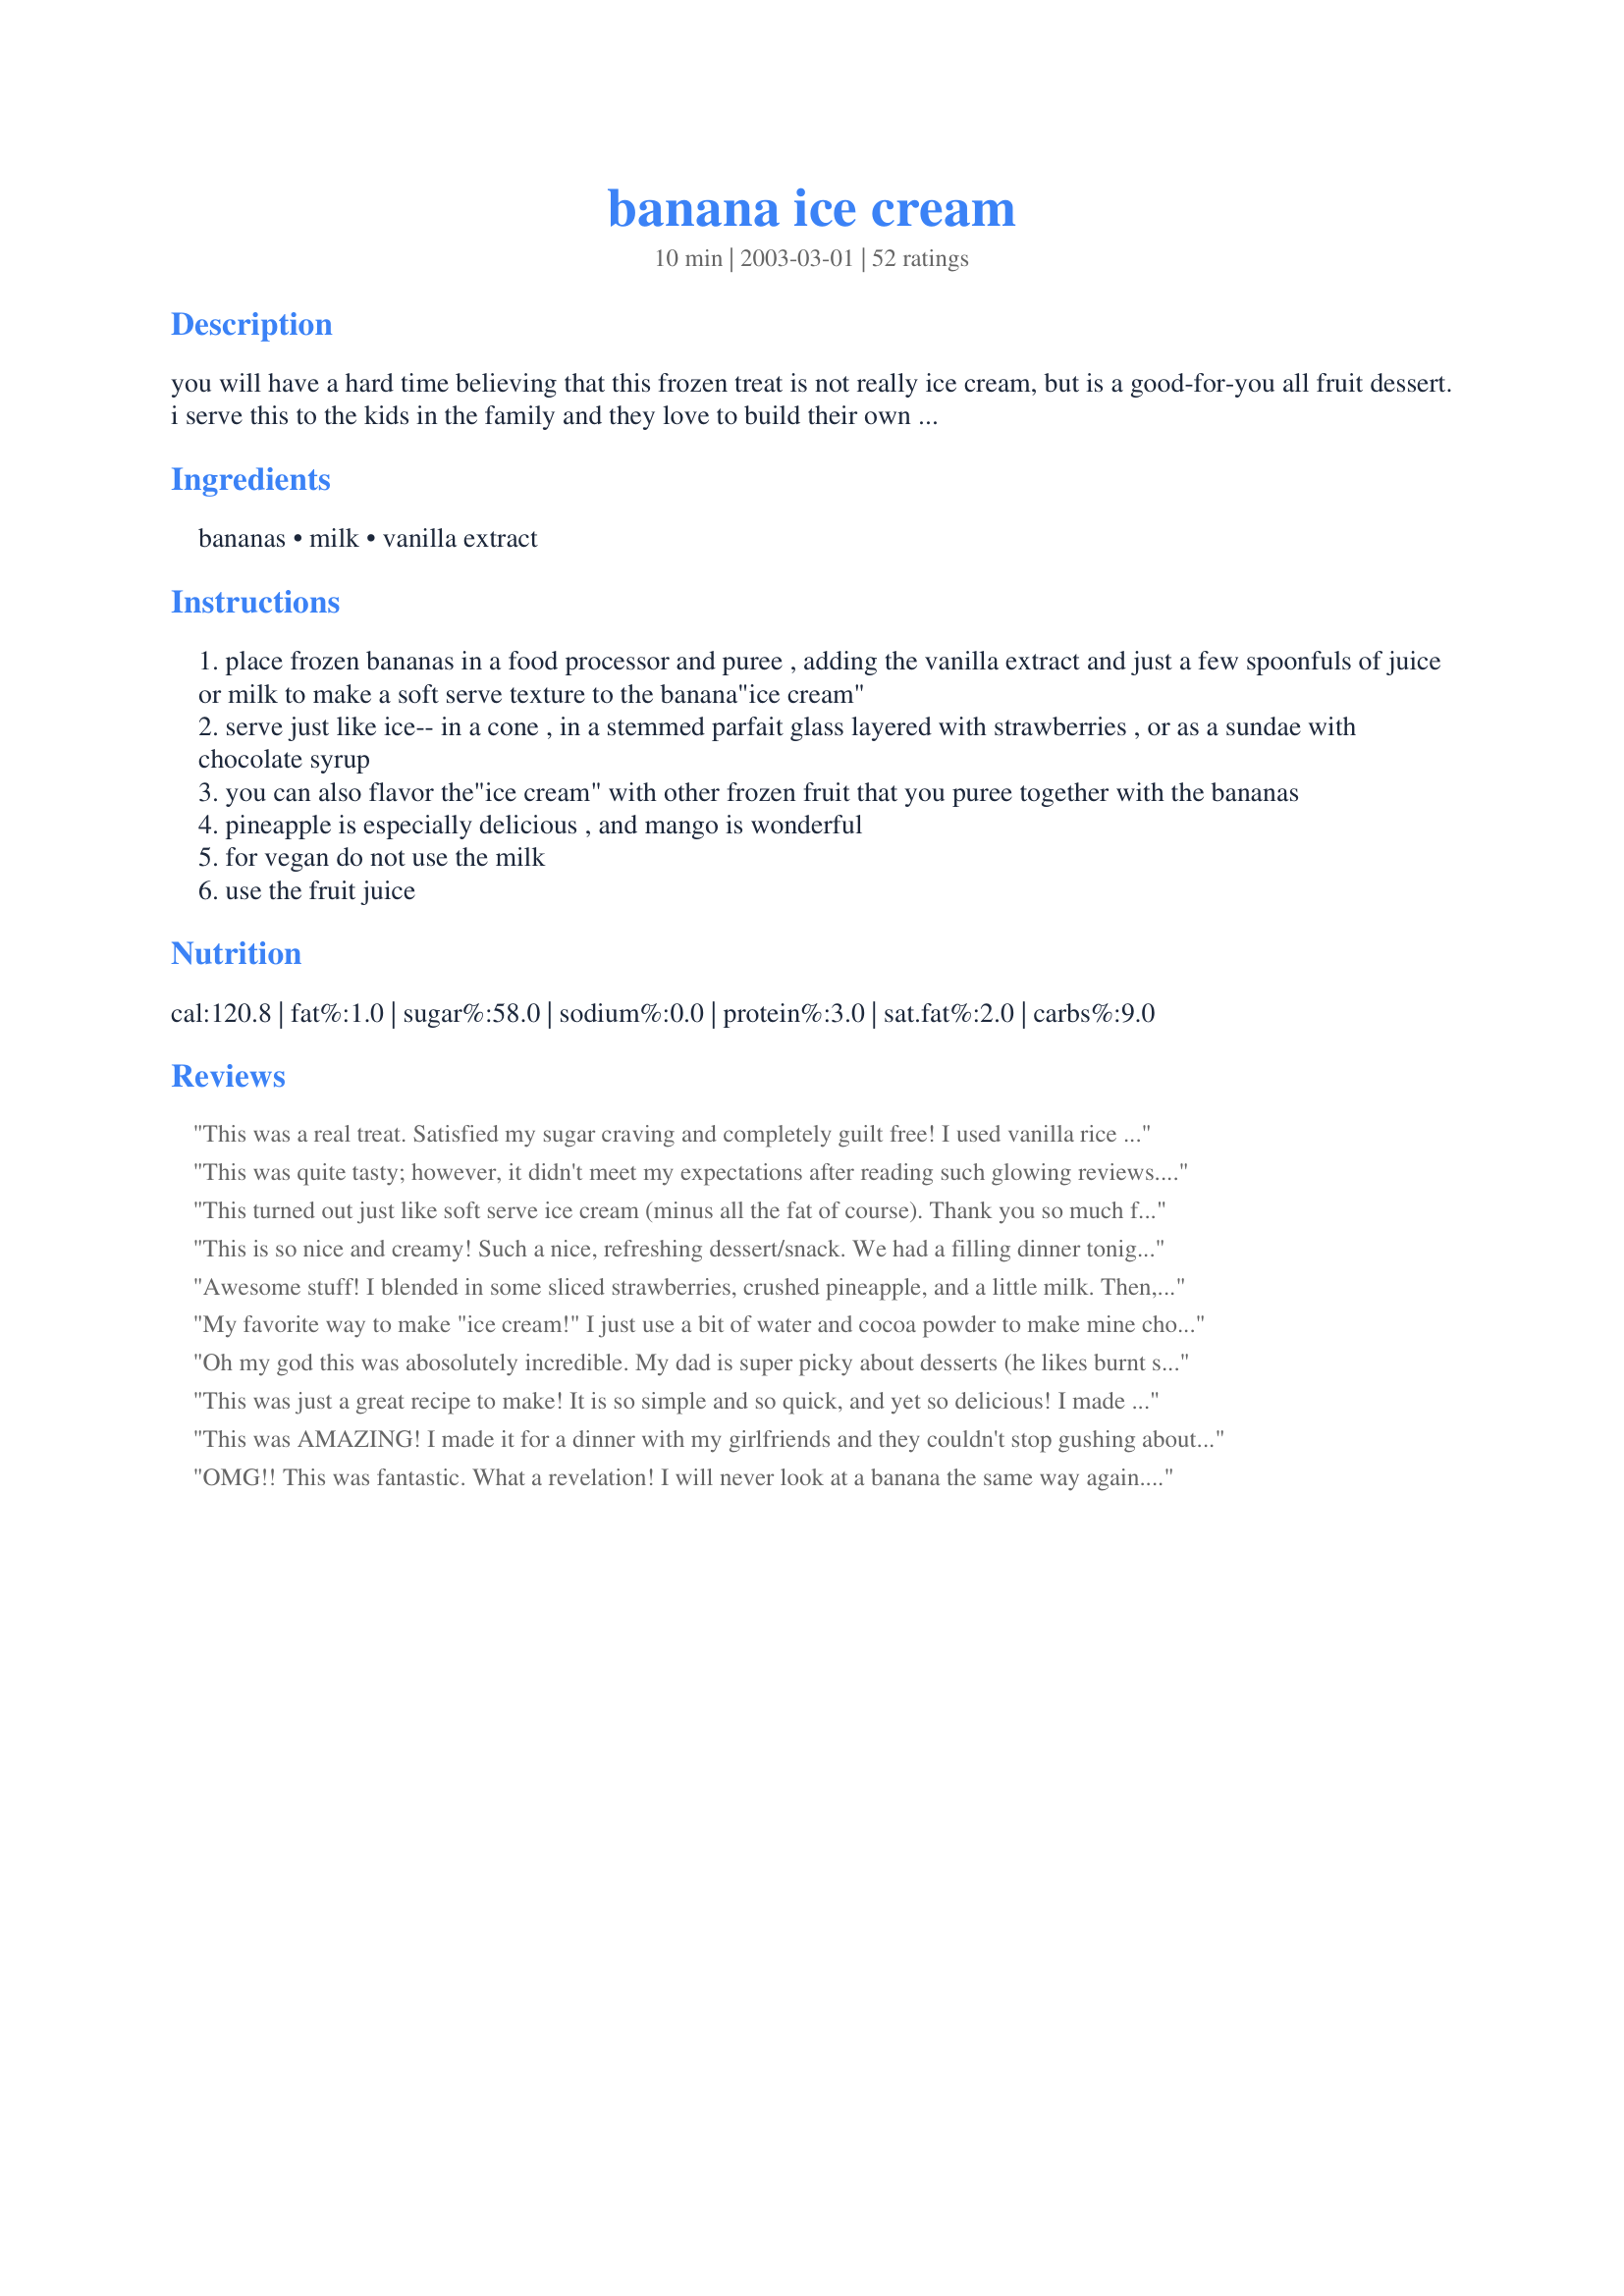
banana ice cream
Preparation time: 10 minutes

you will have a hard time believing that this frozen treat is not really ice cream, but is a good-for-you all fruit dessert. i serve this to the kids in the family and they love to build their own sundaes. it melt fast, so serve it right away or stick it in the freezer.

Ingredients:
bananas, milk, vanilla extract

Steps:
place frozen bananas in a food processor and puree , adding the vanilla extract and just a few spoonfuls of juice or milk to make a soft serve texture to the banana"ice cream"
serve just like ice-- in a cone , in a stemmed parfait glass layered with strawberries , or as a sundae with chocolate syrup
you can also flavor the"ice cream" with other frozen fruit that you puree together with the bananas
pineapple is especially delicious , and mango is wonderful
for vegan do not use the milk
use the fruit juice

Reviews:
This was a real treat. Satisfied my sugar craving and completely guilt free! I used vanilla rice milk to blend mine.
This was quite tasty; however, it didn't meet my expectations after reading such glowing reviews. Nevertheless, it was creamy and is a great, healthful alternative to real ice cream. It did satisfy my craving for a sweet treat. I used soy milk, a little Splenda, and a small amount of vanilla extract with really good results. Thanks for the idea!
This turned out just like soft serve ice cream (minus all the fat of course). Thank you so much for this wonderful idea. I love bananas and I love ice cream and this is a perfect way to have both!
This is so nice and creamy! Such a nice, refreshing dessert/snack. We had a filling dinner tonight.. baked cod fillets, garlic mashed potatoes and broccoli smothered in melted cheese... so this dessert was really nice to end a filling meal. I just want to stress that you need to make sure you dont add too much vanilla. I found that I had to add a little sugar to the recipe because it was a little bitter without it. This is a marvelous recipe! THANK YOU SO MUCH!..and thanks for helping me figure out the measurements :-) I look forward to trying many of your recipes!!
Awesome stuff! I blended in some sliced strawberries, crushed pineapple, and a little milk. Then, I topped it all off with some fat-free chocolate syrup and fat-free Cool Whip. Tasted just like a banana split...only fat free! Delicious!!
My favorite way to make "ice cream!" I just use a bit of water and cocoa powder to make mine chocolate. Haven't tried it with vanilla yet. Great way to satisfy one of those chocolate cravings!
Oh my god this was abosolutely incredible. My dad is super picky about desserts (he likes burnt sugar cookies better than any other cookie) and he loved this. I could not believe the texture- I usually use bananas in smoothies, but this was so thick and creamy, not at all runny. I added a squirt of low sugar honey because I was out of Splenda and it was marvelous. I used 6 medium sized bananas and about 1/4 or 1/3 cup of milk. It made 3 or 4 cups. Thank you so much for this amazing recipe!!!!
This was just a great recipe to make! It is so simple and so quick, and yet so delicious! I made this recipe but without adding any liquid to it and it tasted just wonderful! I have made this over and over again and just keep a few batches of this in the freezer. Thank you so much for a clever way to make ice cream!!
This was AMAZING! I made it for a dinner with my girlfriends and they couldn't stop gushing about how fabulous it was. The "ice cream" was very rich and creamy and tasted like a sinful dessert. I used 6-7 frozen bananas and probably about 2 cups of milk (I didn't measure the milk, just kept adding it until it reached the right consistency), and it came close to filling my 11-cup food processor. Will be making this often!
OMG!! This was fantastic. What a revelation! I will never look at a banana the same way again.
We put chocolate chips in before we puree. And sometimes a bit of ground coffee.
One tip - don't freeze whole bananas like I did. Peel and chop up, then freeze. I found that the more frozen the desert was, the more ice creamy it was, so eat it right away before it turns back to mushy bananas cinderella-styley.
Thanks for this wonderful recipe. We'll be making this to death!
This is perfect for me and my husband, we cannot have sugary desserts, but this let us have 'ice cream'. For adults, using a few spoonfuls of kalua, o frangelico liquor makes it extra good. Thanks for this recipe!
I've done this many times with frozen bananas...I make it more into a smoothie. I also usually add some sugar or honey because it really brings out the banana taste.
This was a good, healthy, eventing snack. Frozen banana has long been one of my favorite snacks, but now I have another great way to have it! I'm going to have to try adding some other berries next time.
This recipe is amazing! My family loves it! We used frozen bananas, a few frozen strawberries, some fat free half and half, vanilla and some splenda. YUM!
We can't wait to try other flavors also! Thanks for this "magic" recipe!
Love this, and so does the boyfriend (who is not into health food). You shouldn't think of it as ice cream though. "Frozen dessert" might be better. I love this with a little granola or a dollop of peanut butter. A few tips from my trial and error: cut the banana into relatively small chunks. I just quartered the bananas the first time, and it was a little difficult to get creamy. Food processors work a LOT better than blenders - don't know why. Loved it! Thanks!
Really good! Love that I can enjoy this creamy delicious treat and not feel bad about it. I used juice, but think I would prefer milk next time. I&#039;ve made something similar but using PB and honey and that works great too. Looking forward to experimenting with this recipe. Thanks so much for sharing!
We have been making this for years however we really would rather have chocolate milk or add chocolate syrup. I have told a lot of friends about this - we call it a chocolate shake.
This was great! I had a bunch of bananas in the freezer and the kids were clamoring for ice cream, so I treated us to banana splits! Made the 'ice cream', the spooned a bit of the low-sugar strawberry jam I put up last week on top, a small dollop of fat free cool whip and a drizzle of chocolate syrup. Didn't miss the regular ice cream at all! Thanks so much- this is sure to be a regular in our house this summer!
I cannot believe that I forgot to rate this recipe! I just cut up and put a couple of ripe bananas in the freezer to make it again. It is soooo good! Close enough to ice cream for me. I use my little electric chopper and off we go. It is a yummy alternative to the real thing, and not nearly as guilty a pleasure! Thanks for this one, who would've thunk it?
Wwwwwonnnnnnnnndderrrrrrrrrfulllllll! Such a treat Geema. Thanks a million! Made this as you said just added a little honey for taste. The the consistency was amazing! A five star recipe all the way. I have this picture in my head of banana 'ice-cream' coming out of my ears!!!! That's how often I am going to make this!!!
:) Fay
This is sooo good!
I used some blueberry jam insted of the vanilla extract, and it was perfect. Didn't need no sweetener :D
Thank you!
LOVE this! I make it in the VitaMix and it gets super creamy fast. I like it as-is, but it's also a great canvas for other flavors you might like to add in.
Amazing. This treat was needed! I am a gluten free vegetarian who also gave up ice cream and french fries. I was hitting a wall and this right here gave me a second wind.
This is just too weird! Who knew a frozen banana could have a soft-serve consistency! I added a splash of almond extract and some Splenda, and it's just wonderful. My kids gobbled it up. Thanks for a great recipe.
Oh my goodness I can't believe how good this simple recipe turned out!!!!!! This tasted like SOFT-SERVE ICE CREAM!! I used a little soy milk, a little orange juice, skipped the vanilla, and blended it in my hand chopper. I scraped out some seriously awesome stuff!! I think the soy milk contributed a lot to the creaminess.
I've gotta say, "This is really good!" I used about 3 frozen bananas, 2 T of milk and 1 t vanilla. It turned out great. You almost believe you're being bad when really you're being good. I usually have frozen bananas available but I might just have to buy them to freeze when they get really ripe, just so I can make this treat. Thanks for a recipe to satisfy that sweet craving without going overboard!
This is fabulous, healthy and oh-so-easy! The vanilla essence is a must as it lends the final product an icecream-like flavour, and tones down the banana. I used soy milk but I think regular milk would probably give an even better icecream imitation. I usually have a stash of bananas in the freezer (whole or halved) so I just slice them when I take them out of the freezer and throw them straight in the food processor. Delicious banana icecream, in less than 5 minutes, and best of all, without the guilt! Thanks Geema.
We made this when my toddler was sick with the juice and no vanilla. He loved it. He calls it his sick tummy treat. The recipe is easy and tastes good. It's also good with honey.
Have made this a few times. Instead of adding milk or juice I've been adding liquors, ie: coffee, maple. Makes a great cooling snack!
yum
We do this a lot; it's always a hit with the kids! Sometimes I freeze blueberries, strawberries, etc on a cookie sheet and keep them in a bag to toss in with the banana to blend up fruit 'ice cream' smoothies, too. Low fat, low budget, high ratings! :o)
Wow! This was so sweet and delicious, it was hard to believe there was no added sugar! I used unsweetened almond milk and vanilla and it turned out fabulous. Thank you!
OMG!! THIS WAS AMAZING!!! i was so hesitant to make it at first because it was so simple. my friends were over, and they were totally postive it would just be a big mess, but everyone loved it and went for seconds. and at first glance you didn't even say how many bananas or how much juice, so i reallyw asn't sure about the recipe. i used 2 medium sized banans with black freckles ( chunked and frozen, ) maybe about 2 spoons of orang juice, a tiny drop or 2 of apple juice. and i was about to use milk but my friends wouldn't let me, hehe.. i also added just a little spoonful of vanilla. and also maybe about a spoon or two of sugar, depending how sweet you like it. this texture is awesome and it is so incrediby healthy. i'll definitly be making this again maybe even ssome with berries
Oh wow. This was way better than I expected. My bananas always seem to start browning before I can eat them so I throw them in the freezer whole (peel and everything). I pulled some out, peeled and chopped them up and whirled them with almond milk,cocoa powder and a touch of vanilla. Delish! This will now be a go to recipe when we are craving something sweet. Thanks for a great recipe.
I thought the flavor was really good - not like ice cream, though it did have the same texture. My 2-year-old was not fooled however and refused to eat it. But I did not mind at all having to eat it myself :)
I too added a little splenda to offset the "bite" that frozen bannana sometimes has. The kids fought me for it! Very nice flavor, my 4 year old was calling it "bannana ice cream". Definitely like soft serve. Thanks for a great way to beat my ice cream craving in a healthy way!
this looks so yummy but i could not figure out how many bananas to use or how much fruit juice. :(
if anyone could help me that would be great. thanx :)
excellent, it's like a super healthy frozen yoghurt! loved it 5*
Yum! i didn't know so few ingredients would make this. :) It was very good! I used milk but I think next time I will use juice or something to add some extra sweetness. Thanks for the great idea!
AMAZING!!! My husband says, "for being healthy, it is pretty good!"
We did everything as directed except I used Vanilla almond milk in place of the milk. (:
Will make this at least once a week for a snack! (:
The best treat I have had in weeks! I was very surprised at how creamy it got! I added a packet of Splenda to 1 frozen but not so ripe banana and only needed a splash of vanilla and nonfat milk to get an excellent consistency. Cannot wait to try this with other fruits added; mango sounds especially great. Thanks for posting this!
This recipe is a revelation. Yes, the frozen bananas actually are the creamy consistency of ice cream. I used sugar free vanilla syrup as the liquid -- bad idea! It gave it a weird aftertaste. But, I think this would be amazing with a little cream and 1 tablespoon of sugar per banana. I would also like to try adding a tiny bit of cocoa powder..
We hated this! It tastes just like frozen baby food puree. I don't know what I was expecting since the ingredients are just bananas, milk, and vanilla, but I was really hoping for something somewhat reminiscent of ice cream, and this was not even close. I threw out most of the batch.
This saved the day when we opened the fridge and our strawberry ice cream was "chewy" (yuck). My 4-year-old was more than happy with this ... and her mom and dad enjoyed it, too! Even baby sister got to try! We did add a little sugar and honey. Wonderful!
I made this last night with heavy cream b/c I didn't have any milk. I didn't believe everyone saying that it's like soft serve ice cream, but it really is!!! (^O^)/
I think I will read some of the suggestions that others have written and try them now on my 2nd batch. Chocolate sounds good.
This was fantastic. I used 4 small-ish bananas, about 1/2 cup milk, a tsp or so of vanilla extract, and about 2 Tbsp honey. Yum, yum. We got four generous servings. Thanks for this easy recipe!
Mm! very tasty! i think maybe the bananas i was using were a little *too* ripe when i froze them because they gave the ice cream a bit of a strance taste. can't wait to try including some other fruits in there! thanks!
This is a great low fat dessert. I was really surprised by how much I enjoyed this. I used 2 bananas and about 4 TB of skim milk to get it to the right consistency. Next time I will try it with a touch of vanilla.
This is a great summer dessert! I've been making it a couple of times a week since getting this recipe. I use soy milk to make it a little more creamy. Its also good with cinnamon instead of vanilla.
This tasted like banana milk puree. It is easy to make if you have bananas that are already frozen. I made the puree at room temperature and then tried to freeze it. It looked like it does in the picture and needed to be much colder.
The healthiest food I ate this entire holiday week. Made for Alphabet Soup Tag.
This treat is really delicious! I used my Magic Bullet to whiz up 2 small perfectly ripe bananas, 2T vanilla rice milk, and 1/2t vanilla extract. Mmmm...
